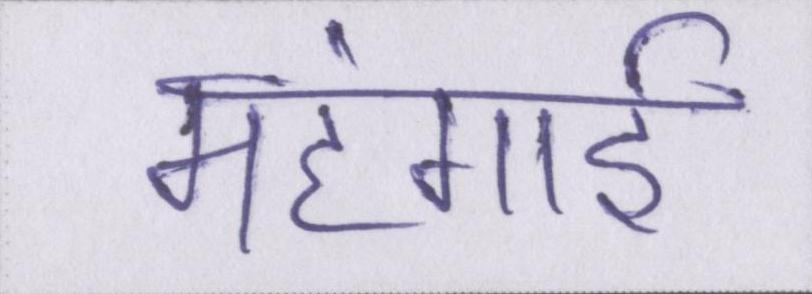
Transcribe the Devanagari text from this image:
महंगार्इ